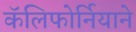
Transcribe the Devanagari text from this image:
कॅलिफोर्नियाने